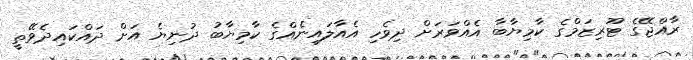
ރާއްޖޭގެ ޓޫރިޒަމްގެ ކާމިޔާބާ އެއްވަރަށް ދިވެހި އެއާލައިނެއްގެ ކާމިޔާބު ދުނިޔެ އަށް ދައްކައިދެވޭތީ